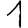
Digit: 1